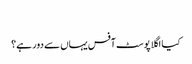
‬
‫کیا اگلا پوسٹ آفس یہاں سے دور ہے؟